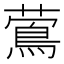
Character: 𦾉